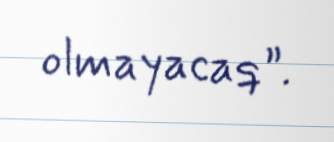
olmayacaq”.